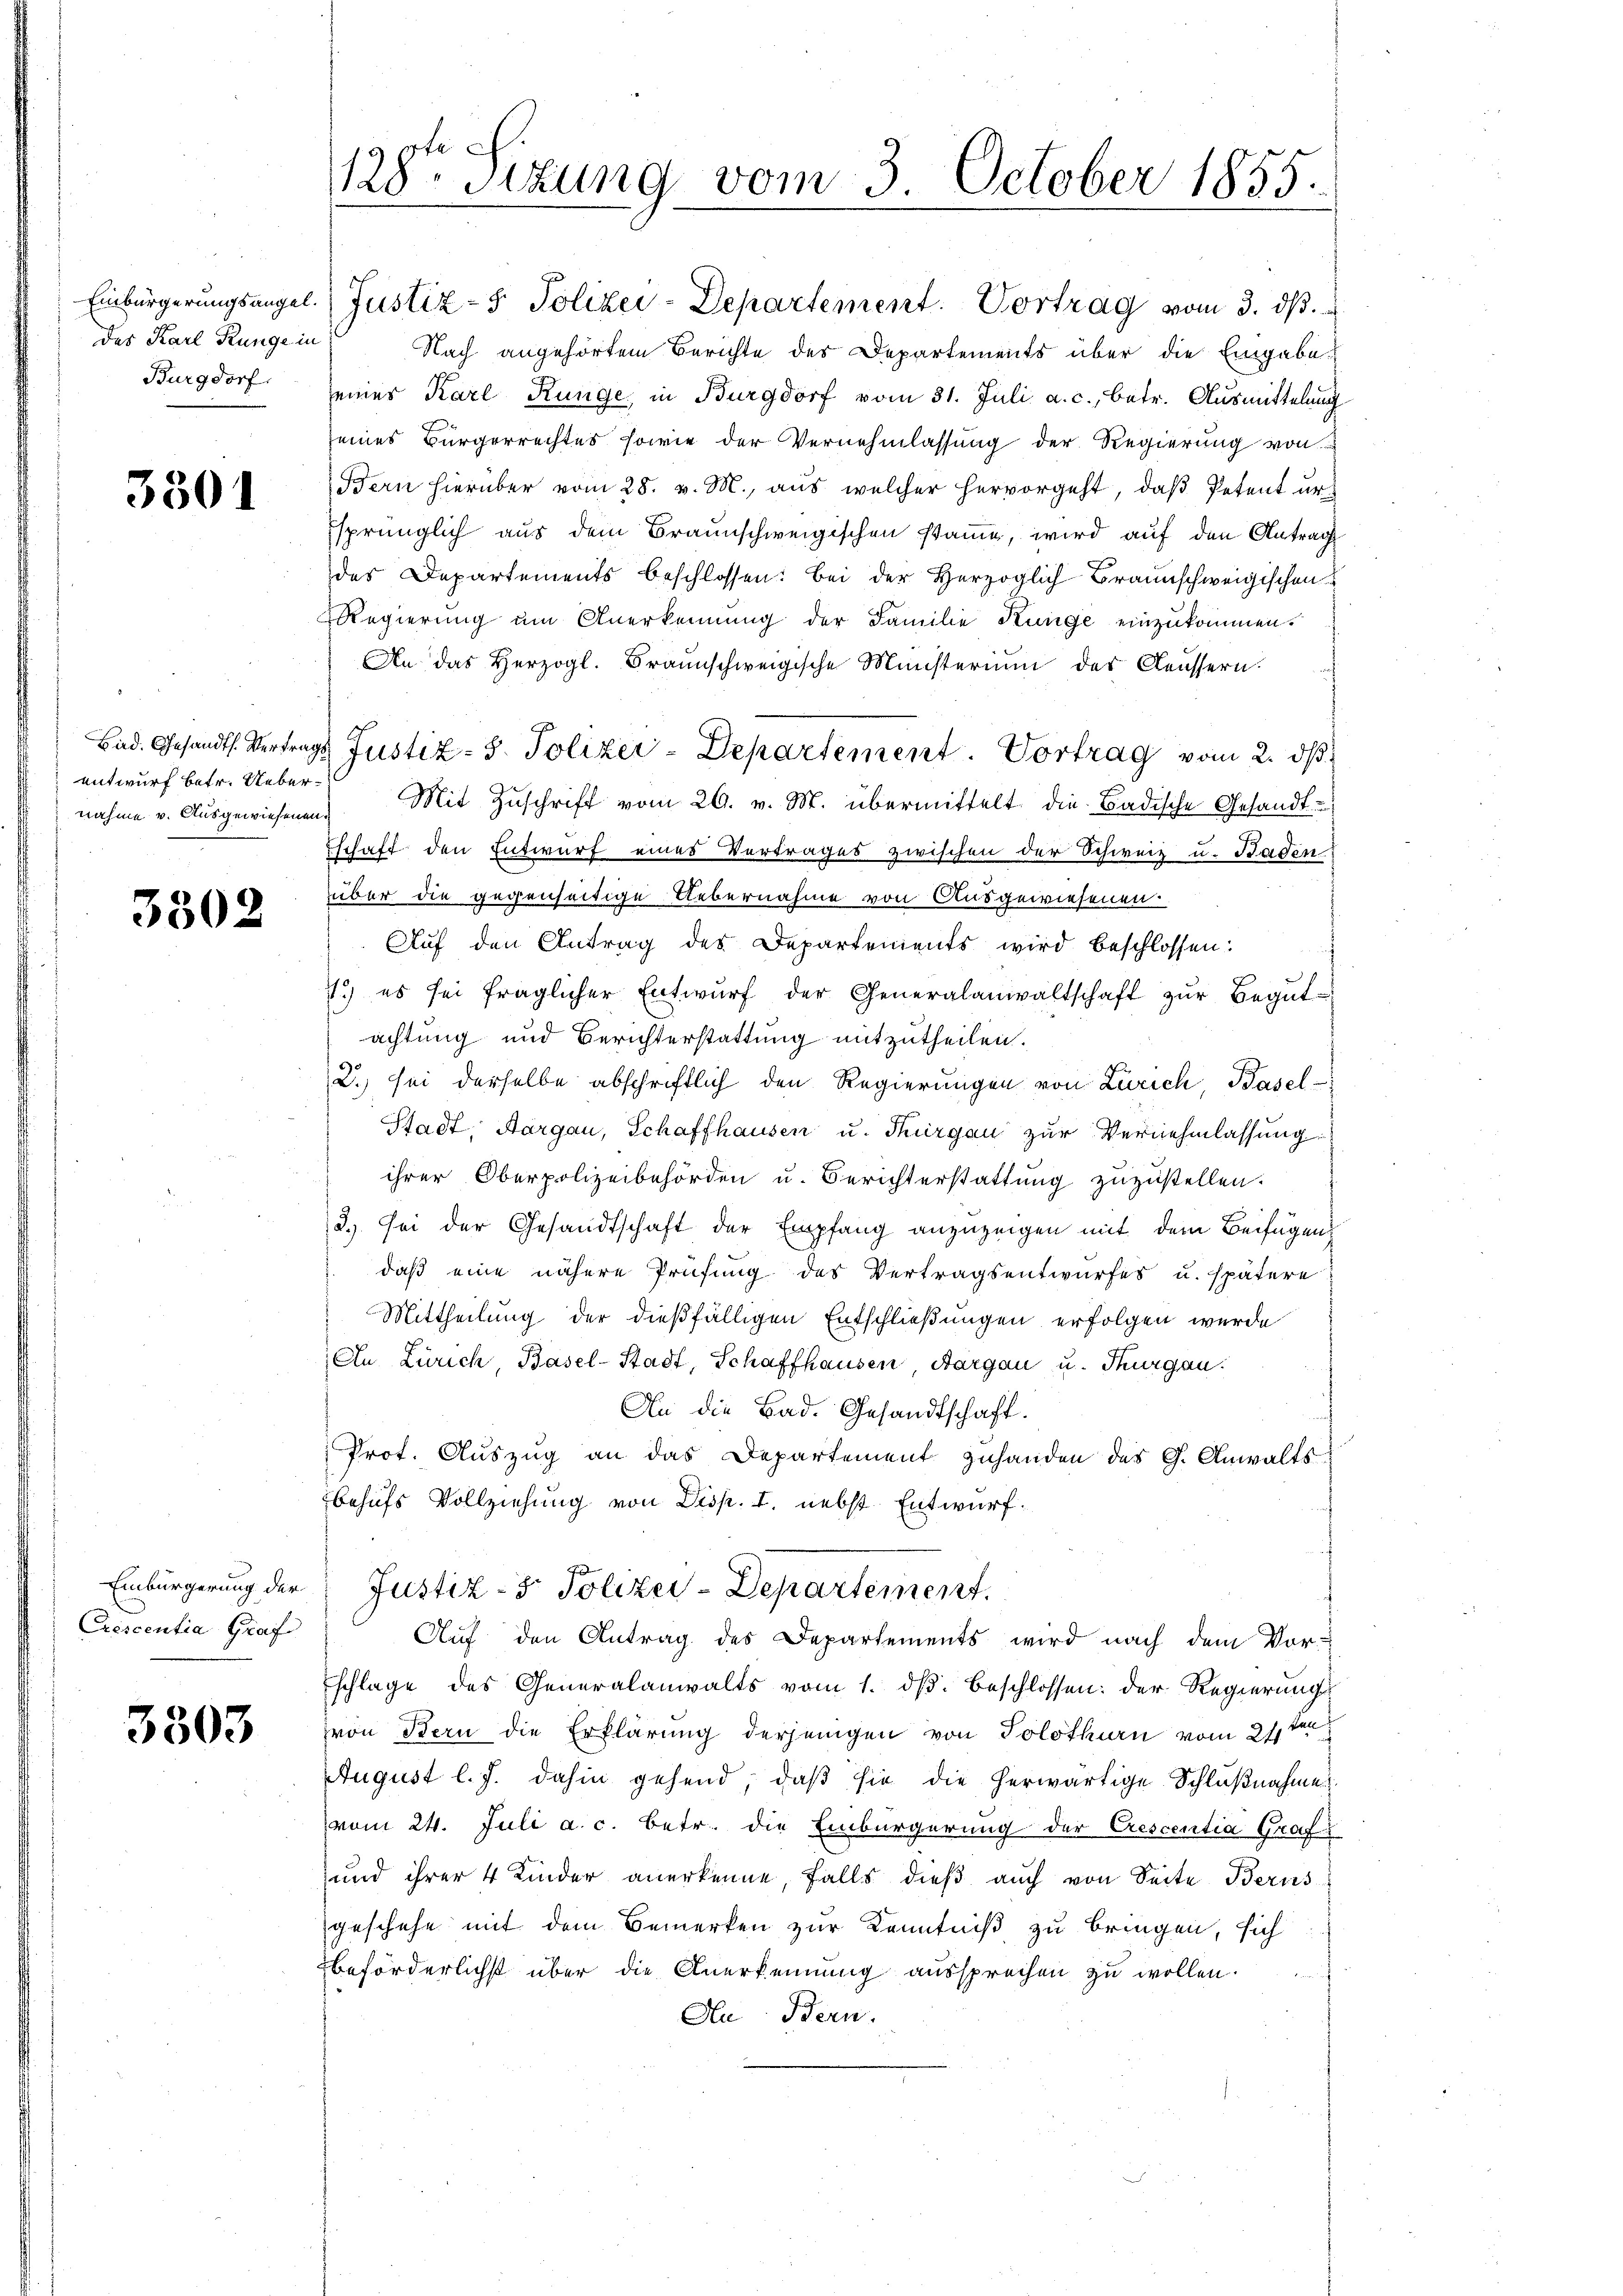
des Karl Runge in
Burgdorf.

3301

entwurf betr. Uebernahme v. Ausgewiesenen.

3502

Crescentia Graf

3503

Einbürgerungsangel. Justiz- & Polizei-Departement. Vortrag vom 3. dβ.
Nach angehörtem Berichte des Departements über die Eingabe
seiner Karl Ringe, in Burgdorf vom 31. Juli a. c., betr. Ausmittelung
seines Bürgerrechtes sowie der Vernehmlassung der Regierung von
Bern hierüber vom 28. v. M., aus welcher hervorgeht, daß Petent urssprünglich aus dem Braunschweigischen stame, wird auf den Antrag
des Departements beschlossen: Bei der Herzoglich Braunschweigischen
Regierung um Anerkennung der Familie Künge einzukommen.
An das Herzogl. Braunschweigische Ministerium des Claussern:
Mit Zŭschrift vom 26. v. M. übermittelt die Badische Gesandt-
Eschaft den Entwurf eines Vertrages zwischen der Schweiz u. Baden
über die gegenseitige Uebernahme von Ausgewiesenen.
Aŭf den Antrag des Departements wird beschlossen:
11.) es sei fraglicher Entwŭrf der Generalanwaltschaft zŭr Begŭt-
achtung und Berichterstattung mitzutheilen.
2.) sei derselbe abschriftlich den Regierungen von Zürich, Basel-
Stadt, Aargau, Schaffhausen u. Thurgau zur Vernehmlassung
ihrer Oberpolizeibehörden u. Berichterstattung zuzustellen.
2.) Sei der Gesandtschaft der Empfang anzuzeigen mit dem Beifügen
daß eine nähere Prüfung des Vertragsentwurfes u. spätere
Mittheilung der dießfälligen Entschließungen erfolgen wurde
An Zürich, Basel-Stadt, Schaffhausen, Aargau u. Thurgau.
An die Bad. Gesandtschaft.
Prot. Auszug an das Departement zuhanden des G. Anwaltsbehufs Vollziehung von Disp. I. nebst Entwurf.
Einbürgerung der Justiz- & Polizei-Departement
Auf den Antrag des Departements wird nach dem Vor-
schlage des Generalanwalts vom 1. dβ beschlossen: der Regierungs
von Bern die Erklärung derjenigen von Solothurn vom 21ten
August l. J. dahin gehend, daß sie die herwärtige Schlußnahme
vom 24. Juli a. c. betr. die Einbürgerung der Crescentia Grafe
und ihrer 4 Kinder anerkenne, falls dieß auch von Seite Berns
geschehe mit dem Bemerken zur Kenntniß zu bringen, sich
beförderlichst über die Anerkennung aussprechen zu wollen.
An Bern.

128ten Sizung vom 3. October 1855.
.

Bad. Gesandts. Vertrags Justiz- & Polizei-Departement. Vortrag vom 2. dβ